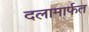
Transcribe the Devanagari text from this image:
दलामार्फत